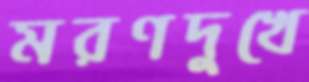
মরণদুখে